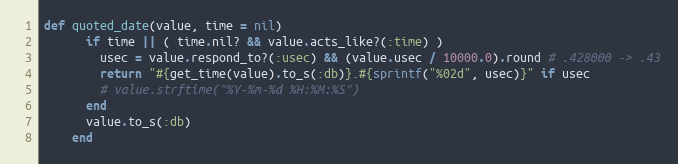
Language: Ruby
def quoted_date(value, time = nil)
      if time || ( time.nil? && value.acts_like?(:time) )
        usec = value.respond_to?(:usec) && (value.usec / 10000.0).round # .428000 -> .43
        return "#{get_time(value).to_s(:db)}.#{sprintf("%02d", usec)}" if usec
        # value.strftime("%Y-%m-%d %H:%M:%S")
      end
      value.to_s(:db)
    end